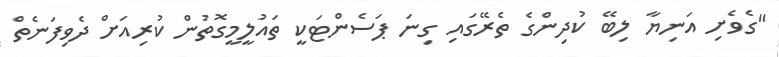
"ގެވެށި އަނިޔާ ލިބޭ ކުދިންގެ ތެރޭގައި ގިނަ ޕަސެންޓަކީ ތައުލީމީގޮތުން ކުރިއަށް ދެވިފަނެތް